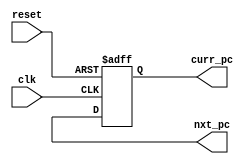
module PC(curr_pc,
         nxt_pc,
         clk,
         reset);

    //define inputs and outputs
    output reg [31:0] curr_pc;
    output wire [31:0] nxt_pc;
    input clk;
    input reset;

    always @(posedge clk or negedge reset) begin
        if (!reset) begin
            curr_pc <= 32'd0; // Reset
        end
        else begin
            curr_pc <= nxt_pc; // Come from Mux_PC
        end
    end


endmodule